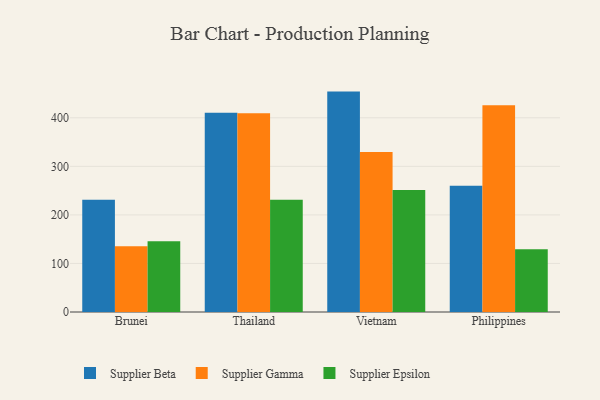
{"axis": {"x": "Country", "y": "Temperature (°C)"}, "legend": ["Supplier Beta", "Supplier Epsilon", "Supplier Gamma"], "data": [{"x": "Brunei", "y": 231.3, "type": "Supplier Beta"}, {"x": "Brunei", "y": 135.2, "type": "Supplier Gamma"}, {"x": "Brunei", "y": 145.5, "type": "Supplier Epsilon"}, {"x": "Thailand", "y": 410.4, "type": "Supplier Beta"}, {"x": "Thailand", "y": 409.6, "type": "Supplier Gamma"}, {"x": "Thailand", "y": 231.4, "type": "Supplier Epsilon"}, {"x": "Vietnam", "y": 454.0, "type": "Supplier Beta"}, {"x": "Vietnam", "y": 329.4, "type": "Supplier Gamma"}, {"x": "Vietnam", "y": 251.3, "type": "Supplier Epsilon"}, {"x": "Philippines", "y": 260.1, "type": "Supplier Beta"}, {"x": "Philippines", "y": 425.7, "type": "Supplier Gamma"}, {"x": "Philippines", "y": 129.3, "type": "Supplier Epsilon"}]}